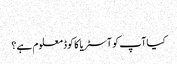
‬
‫کیا آپ کو آسٹریا کا کوڈ معلوم ہے؟